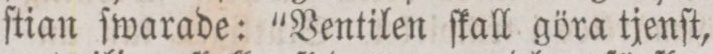
ſtian ſwarade: “Ventilen ſkall göra tjenſt,